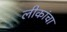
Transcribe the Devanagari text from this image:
लीकांचा